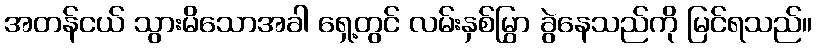
အတန်ငယ် သွားမိသောအခါ ရှေ့တွင် လမ်းနှစ်မြွှာ ခွဲနေသည်ကို မြင်ရသည်။